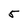
Character: 5